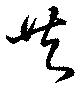
共